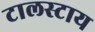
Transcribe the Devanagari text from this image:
टालस्‍टाय